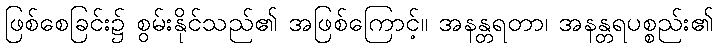
ဖြစ်စေခြင်း၌ စွမ်းနိုင်သည်၏ အဖြစ်ကြောင့်။ အနန္တရတာ၊ အနန္တရပစ္စည်း၏